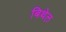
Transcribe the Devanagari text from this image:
बिथेल